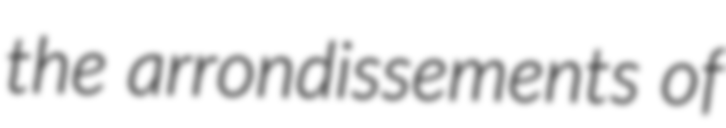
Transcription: the arrondissements of